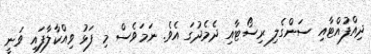
ދިއްފުއްޓާއި ސަންގެލި ރިސޯޓާއި ދެމެދުގަ އެވެ. ނަމަވެސް މި ފަޅު ވިއްކާލާފައި ވަނީ